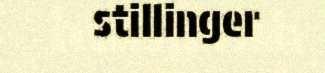
stillinger